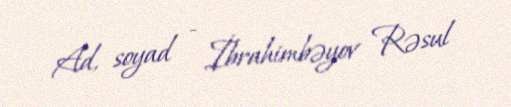
Ad, soyad - İbrahimbəyov Rəsul